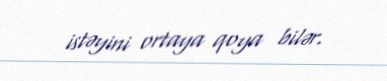
istəyini ortaya qoya bilər.